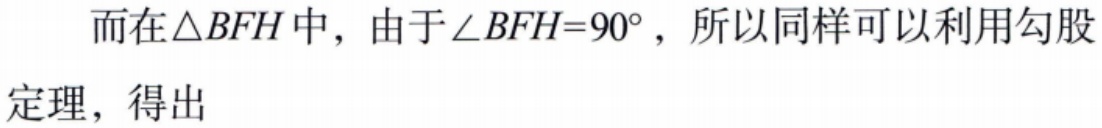
而在$\triangle BFH$中，由于$\angle BFH = 90^{\circ}$，所以同样可以利用勾股
定理，得出